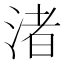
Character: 渚